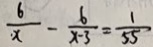
\frac { 6 } { x } - \frac { 6 } { x - 3 } = \frac { 1 } { 5 5 }